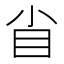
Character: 𥃻